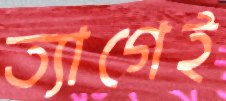
ত্যাগেই